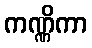
ကဏ္ဏိကာ